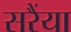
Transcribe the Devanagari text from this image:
सरैंया